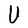
Character: U